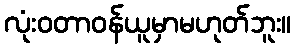
လုံးဝတာဝန်ယူမှာမဟုတ်ဘူး။